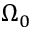
\Omega _ { 0 }